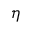
\eta